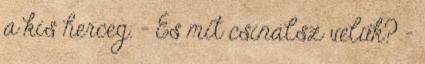
a kis herceg. - És mit csinálsz velük? -